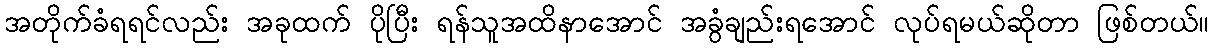
အတိုက်ခံရရင်လည်း အခုထက် ပိုပြီး ရန်သူအထိနာအောင် အခွံချည်းရအောင် လုပ်ရမယ်ဆိုတာ ဖြစ်တယ်။